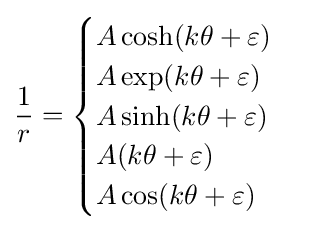
{\frac {1}{r}}={\begin{cases}A\cosh(k\theta +\varepsilon )\\A\exp(k\theta +\varepsilon )\\A\sinh(k\theta +\varepsilon )\\A(k\theta +\varepsilon )\\A\cos(k\theta +\varepsilon )\\\end{cases}}